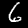
Label: 6